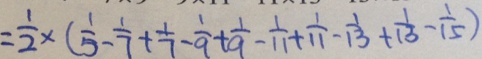
= \frac { 1 } { 2 } \times ( \frac { 1 } { 5 } - \frac { 1 } { 7 } + \frac { 1 } { 7 } - \frac { 1 } { 9 } + \frac { 1 } { 9 } - \frac { 1 } { 1 1 } + \frac { 1 } { 1 1 } - \frac { 1 } { 1 3 } + \frac { 1 } { 1 3 } - \frac { 1 } { 1 5 } )